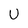
Character: U